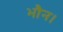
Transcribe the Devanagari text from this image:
भौन।